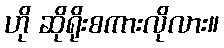
ဟို ဆိုရိုးစကားလိုလား။